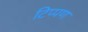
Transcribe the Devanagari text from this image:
टिप्‍पण